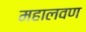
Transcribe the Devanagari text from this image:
महालवण